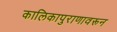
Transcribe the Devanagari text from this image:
कालिकापुराणावरून